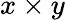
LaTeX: x\times y